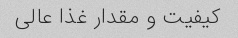
کیفیت و مقدار غذا عالی